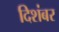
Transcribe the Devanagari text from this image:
दिशंबर